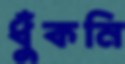
ধুঁকনি